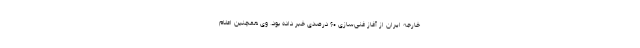
خارجه ایران از آغاز غنی‌سازی ۶۰ درصدی خبر داده بود. وی همچنین اعلام